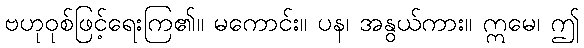
ဗဟုဝုစ်ဖြင့်ရေးကြ၏။ မကောင်း။ ပန၊ အနွယ်ကား။ ဣမေ၊ ဤ